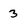
Character: 3